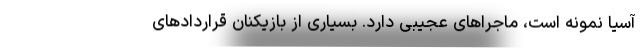
آسیا نمونه است، ماجراهای عجیبی دارد. بسیاری از بازیکنان قراردادهای